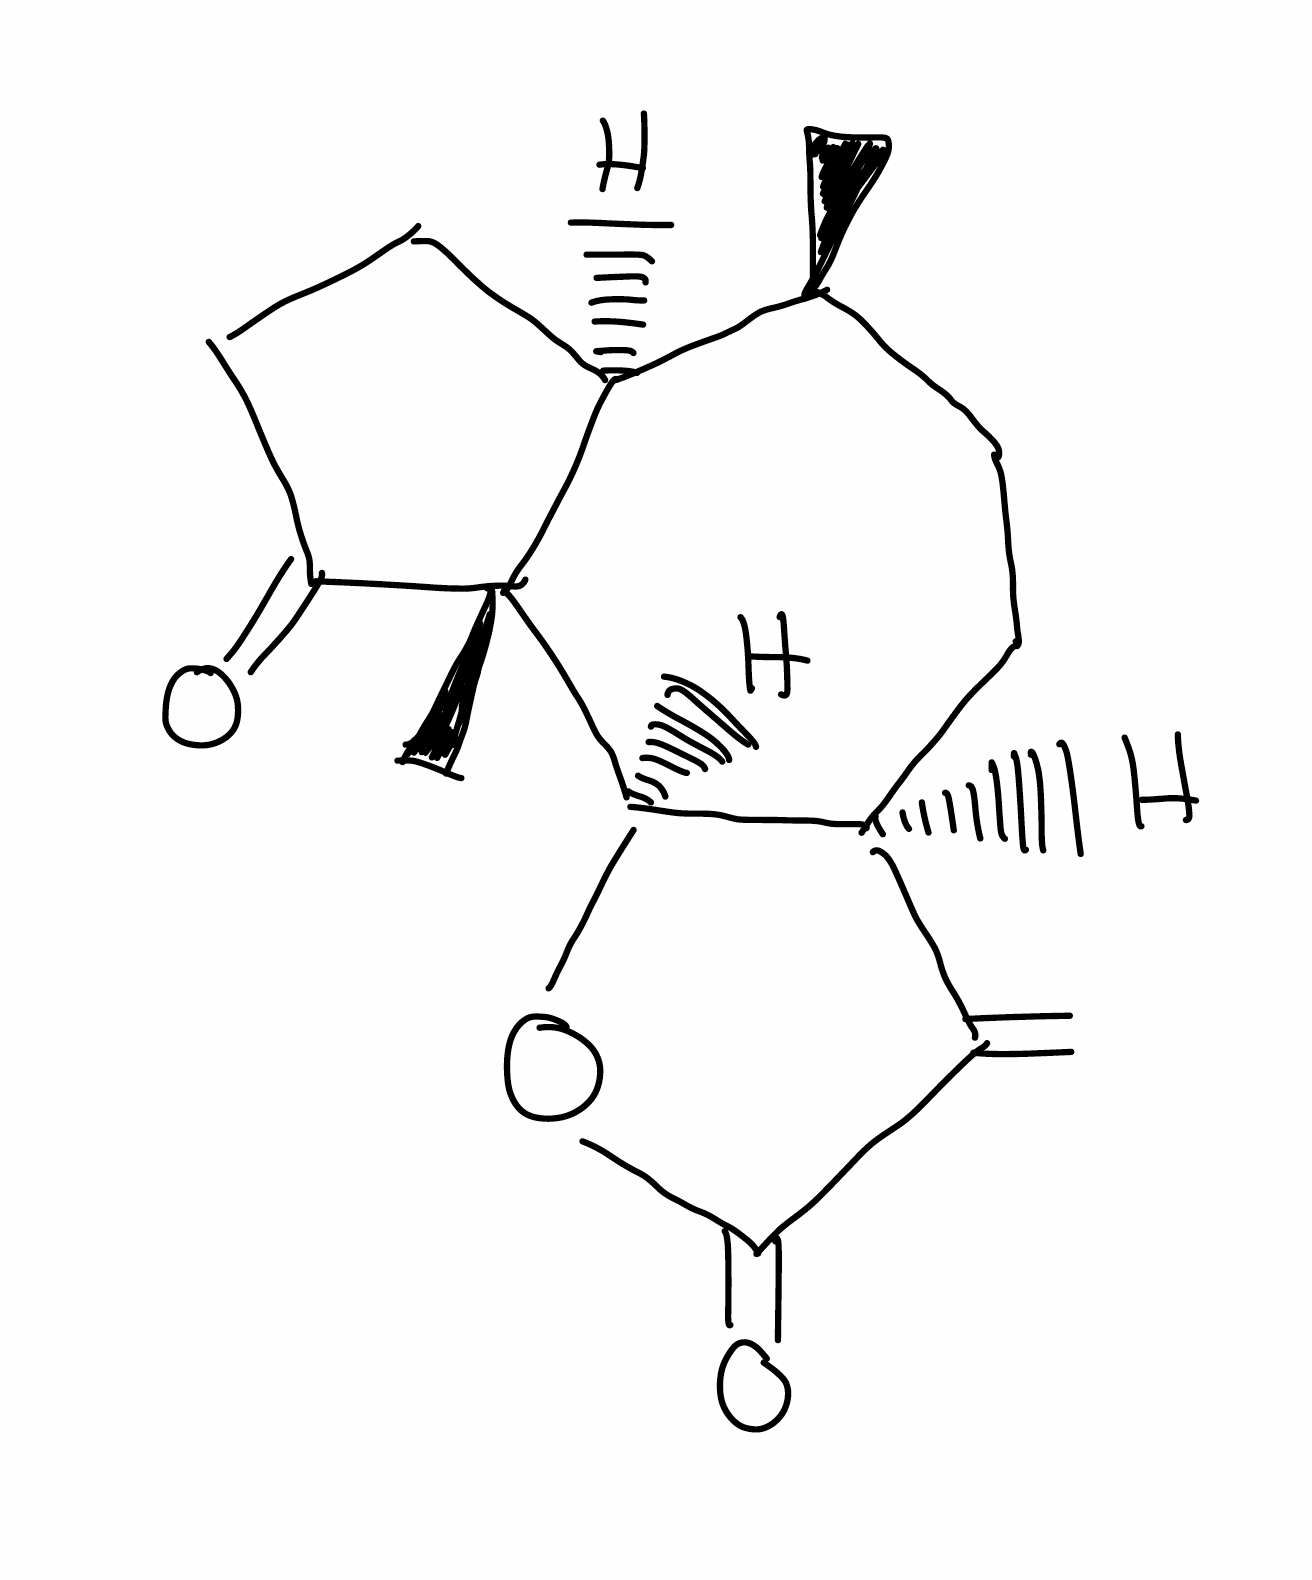
Simplified molecular-input line-entry system (SMILES) notation of the given molecule:
C[C@H]1CC[C@@H]2[C@H]([C@]3([C@H]1CCC3=O)C)OC(=O)C2=C